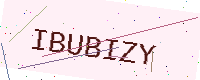
Text: IBUBIZY